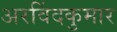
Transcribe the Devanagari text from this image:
अरविंदकुमार